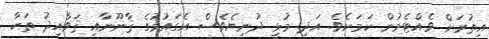
އިތުރަށް ވެއްޓެމުން ކަމަށެވެ. އަދި މުޅީ ދުނިޔެވެސް އެގައުމުގެ ޤާނޫނާއި ޤަވާއިދު ތަކާ